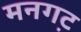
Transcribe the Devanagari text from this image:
मनगट़